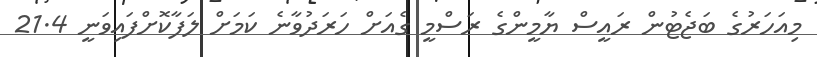
މިއަހަރުގެ ބަޖެޓުން ރައީސް ޔާމީންގެ ރަސްމީ ގެއަށް ހަރަދުވާނެ ކަމަށް ލަފާކޮށްފައިވަނީ 21.4